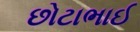
છોટાભાઈ